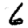
Digit: 6